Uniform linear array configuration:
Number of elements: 4
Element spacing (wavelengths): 0.25
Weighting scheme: blackman
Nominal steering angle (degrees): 30
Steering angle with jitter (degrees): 29.46
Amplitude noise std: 0.05
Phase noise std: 0.05

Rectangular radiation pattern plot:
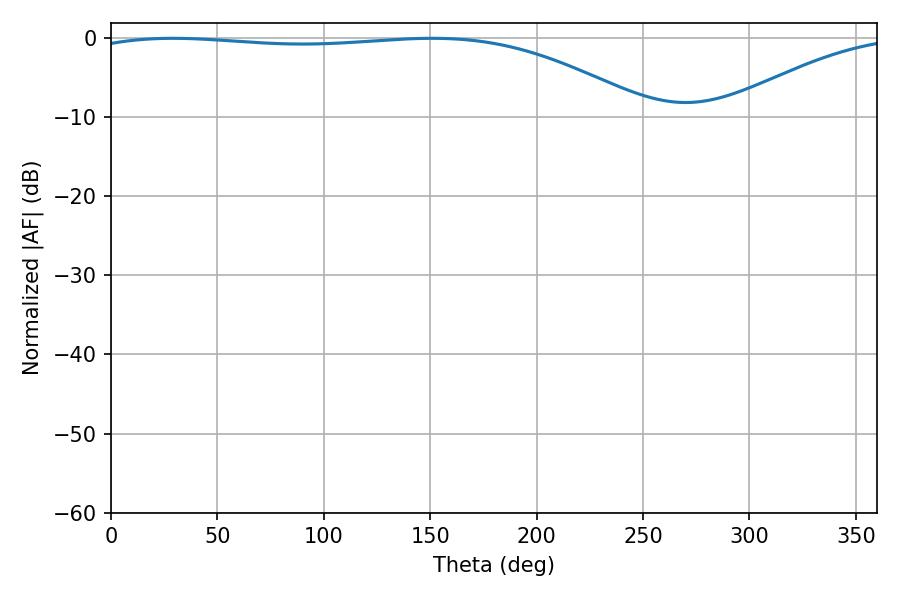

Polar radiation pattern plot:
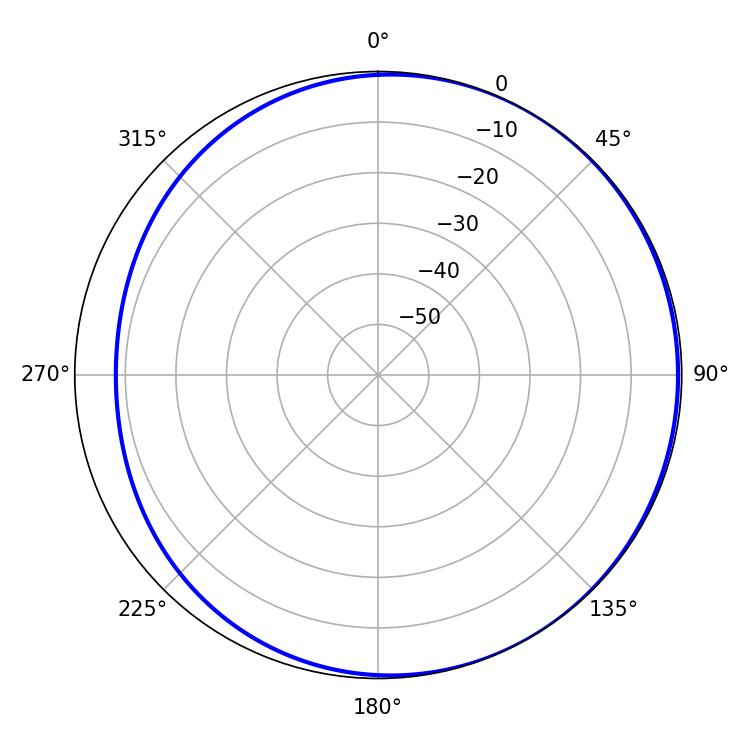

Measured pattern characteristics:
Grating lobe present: FALSE
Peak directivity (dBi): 2.103
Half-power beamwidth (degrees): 210.78
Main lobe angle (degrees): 29.16